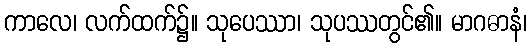
ကာလေ၊ လက်ထက်၌။ သုပေဿာ၊ သုပဿတွင်၏။ မာဂဓာနံ၊